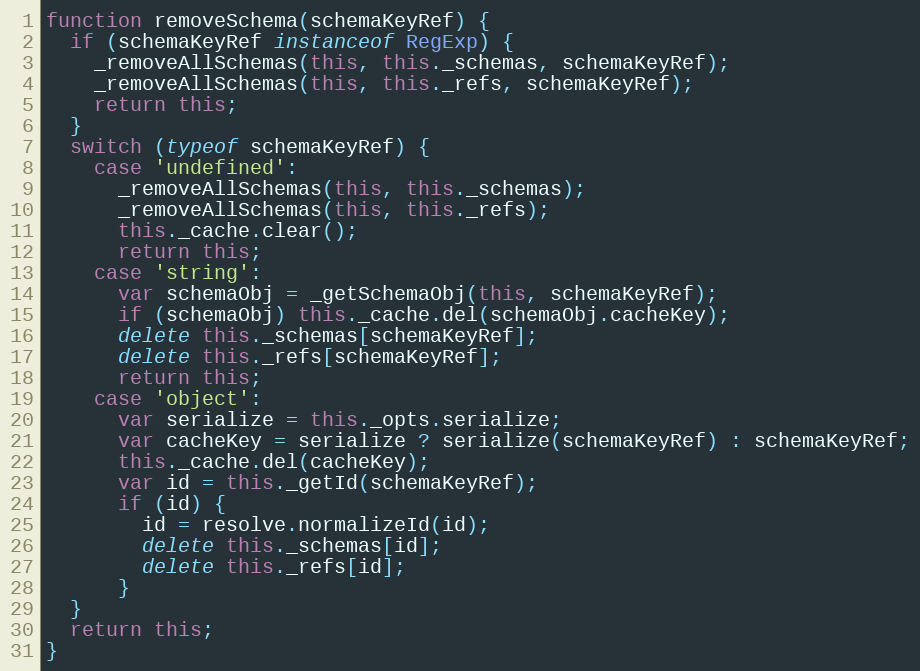
Language: JavaScript
function removeSchema(schemaKeyRef) {
  if (schemaKeyRef instanceof RegExp) {
    _removeAllSchemas(this, this._schemas, schemaKeyRef);
    _removeAllSchemas(this, this._refs, schemaKeyRef);
    return this;
  }
  switch (typeof schemaKeyRef) {
    case 'undefined':
      _removeAllSchemas(this, this._schemas);
      _removeAllSchemas(this, this._refs);
      this._cache.clear();
      return this;
    case 'string':
      var schemaObj = _getSchemaObj(this, schemaKeyRef);
      if (schemaObj) this._cache.del(schemaObj.cacheKey);
      delete this._schemas[schemaKeyRef];
      delete this._refs[schemaKeyRef];
      return this;
    case 'object':
      var serialize = this._opts.serialize;
      var cacheKey = serialize ? serialize(schemaKeyRef) : schemaKeyRef;
      this._cache.del(cacheKey);
      var id = this._getId(schemaKeyRef);
      if (id) {
        id = resolve.normalizeId(id);
        delete this._schemas[id];
        delete this._refs[id];
      }
  }
  return this;
}